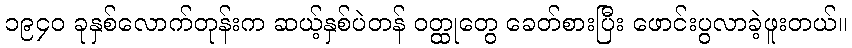
၁၉၄၀ ခုနှစ်လောက်တုန်းက ဆယ့်နှစ်ပဲတန် ဝတ္ထုတွေ ခေတ်စားပြီး ဖောင်းပွလာခဲ့ဖူးတယ်။